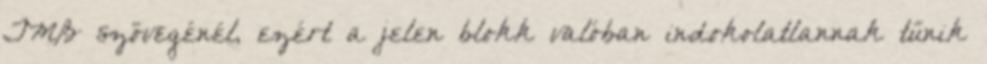
TMB szövegénél, ezért a jelen blokk valóban indokolatlannak tűnik